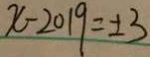
x - 2 0 1 9 = \pm 3